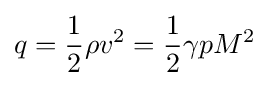
q={\frac {1}{2}}\rho v^{2}={\frac {1}{2}}\gamma pM^{2}